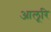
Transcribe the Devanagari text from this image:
आलूरि